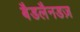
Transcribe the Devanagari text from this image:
बैडलैनडज़